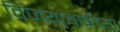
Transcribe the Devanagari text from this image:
विजयाबाईंच्या